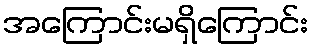
အကြောင်းမရှိကြောင်း